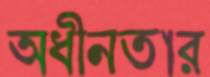
অধীনতার